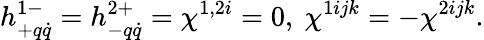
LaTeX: h_{+q\dot{q}}^{1-}=h_{-q\dot{q}}^{2+}=\chi^{1,2i}=0,\ \chi^{1ijk}=-\chi^{2ijk}.